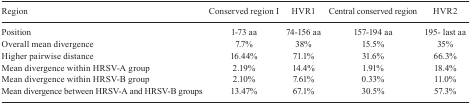
| Region | Conserved region I | HVR1 | Central conserved region | HVR2 |
 | --- | --- | --- | --- | --- |
 | Position | 1-73 aa | 74-156 aa | 157-194 aa | 195- last aa |
 | Overall mean divergence | 7.7% | 38% | 15.5% | 35% |
 | Higher pairwise distance | 16.44% | 71.1% | 31.6% | 66.3% |
 | Mean divergence within HRSV-A group | 2.19% | 14.4% | 1.91% | 18.4% |
 | Mean divergence within HRSV-B group | 2.10% | 7.61% | 0.33% | 11.0% |
 | Mean divergence between HRSV-A and HRSV-B groups | 13.47% | 67.1% | 30.5% | 57.3% |